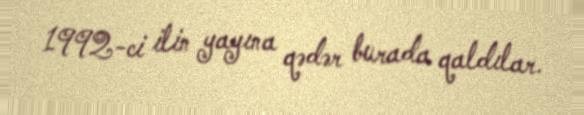
1992-ci ilin yayına qədər burada qaldılar.